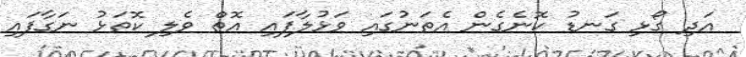
އަދި ގޯޅި ގަނޑު ކޮނެގެން އެތަނުގައި ވަޅުލާފައި އޮތް ވެލި ކޮތަޅު ނަގާފައި